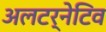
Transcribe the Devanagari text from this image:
अलटर्नेटिव